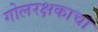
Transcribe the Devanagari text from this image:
गोलरक्षकाचा